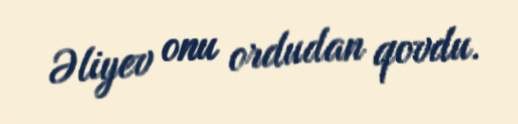
Əliyev onu ordudan qovdu.